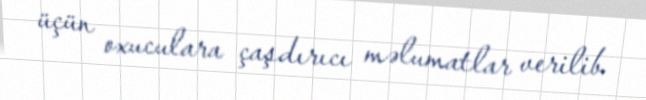
üçün oxuculara çaşdırıcı məlumatlar verilib.